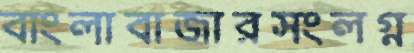
বাংলাবাজারসংলগ্ন